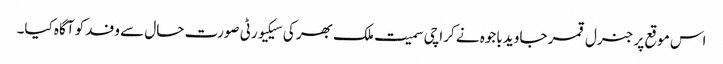
اس موقع پر جنرل قمر جاوید باجوہ نے کراچی سمیت ملک بھر کی سیکیورٹی صورت حال سے وفد کو آگاہ کیا۔